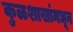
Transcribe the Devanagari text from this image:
कुळशाखांमधून